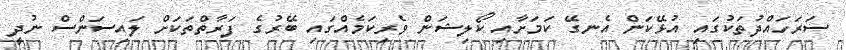
ސަރަހައްދުތަކުގައި އުޅޭކަން އެނގޭ ކަމަށާއި ކޯލިޝަން ވެރިކަމެއްގައި ބޭރުގެ ފަރާތްތަކަށް ލައިސަންސް ނުދީ